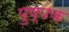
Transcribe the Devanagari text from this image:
पुष्‍पक